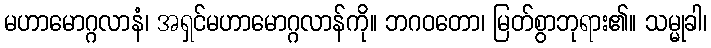
မဟာမောဂ္ဂလာနံ၊ အရှင်မဟာမောဂ္ဂလာန်ကို။ ဘဂဝတော၊ မြတ်စွာဘုရား၏။ သမ္မုခါ၊